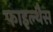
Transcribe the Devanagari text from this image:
फाइल्थैस